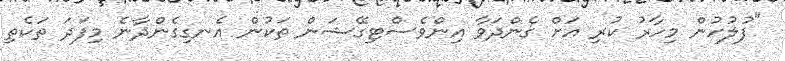
"ފުލުހުން މިހާރު ކުރި އަށް ގެންދަވާ އިންވެސްޓިގޭޝަން ތަކުން އެނގިގެންދާނެ މިފަދަ ތަކެތި